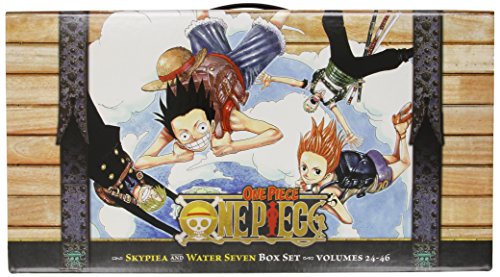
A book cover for One Piece Box Set 2: Skypiea and Water Seven, Volumes 24-46; Eiichiro Oda; Comics & Graphic Novels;